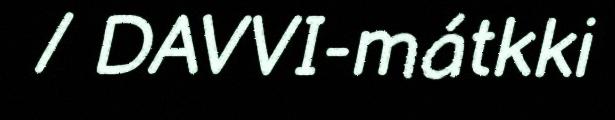
/ DAVVI-mátkki